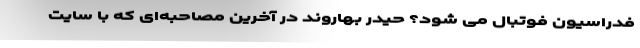
فدراسیون فوتبال می شود؟ حیدر بهاروند در آخرین مصاحبه‌ای که با سایت